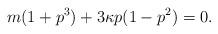
LaTeX: \begin{align*} m(1+p^3)+3\kappa p(1-p^2)=0.\end{align*}